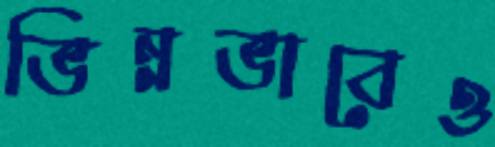
ভিন্নভাবেও